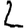
Digit: 2